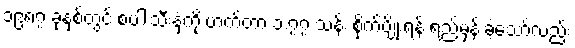
၁၉၈၇ ခုနှစ်တွင် စပါးသီးနှံကို ဟက်တာ ၁.၇၇ သန်း စိုက်ပျိုးရန် ရည်မှန်းခဲ့သော်လည်း